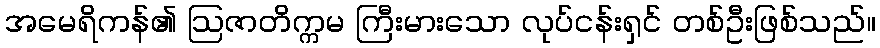
အမေရိကန်၏ ဩဇာတိက္ကမ ကြီးမားသော လုပ်ငန်းရှင် တစ်ဦးဖြစ်သည်။